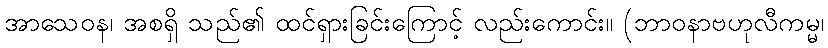
အာသေဝန၊ အစရှိ သည်၏ ထင်ရှားခြင်းကြောင့် လည်းကောင်း။ (ဘာဝနာဗဟုလီကမ္မ၊